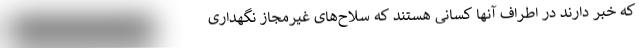
که خبر دارند در اطراف آنها کسانی هستند که سلاح‌های غیرمجاز نگهداری